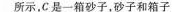
所示，C是-箱砂子，砂子和箱子